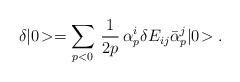
LaTeX: \begin{align*}\delta |0 \! > = \sum_{p<0} \, \frac{1}{2p} \, \alpha_p^i \delta E_{ij}\bar{\alpha}_p^j |0 \! >.\end{align*}